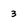
Character: 3